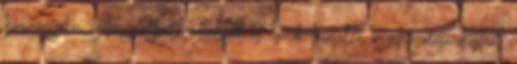
Izomgörcsökre is használható, amelyet az izmok hirtelen összehúzódása okozhat,